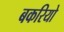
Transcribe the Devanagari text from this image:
बकरियो